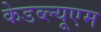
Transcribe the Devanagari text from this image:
केडब्ल्यूएम